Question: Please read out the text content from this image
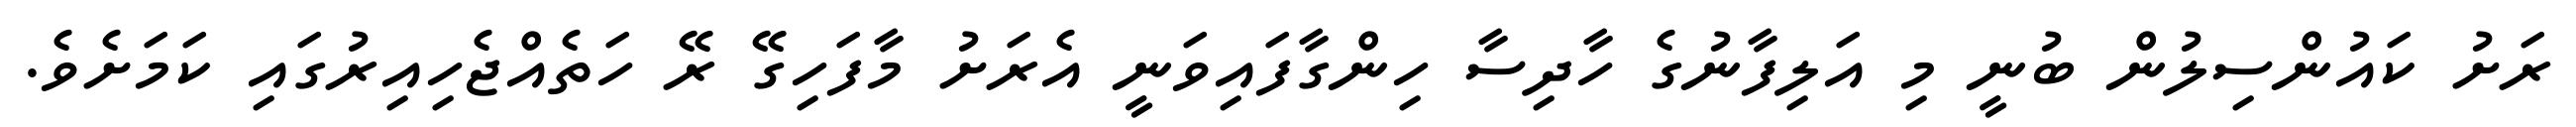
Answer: ރަށު ކައުންސިލުން ބުނީ މި އަލިފާނުގެ ހާދިސާ ހިންގާފައިވަނީ އެރަށު މާފަހިގޭ ރޭ ހަތެއްޖެހިއިރުގައި ކަމަށެވެ.